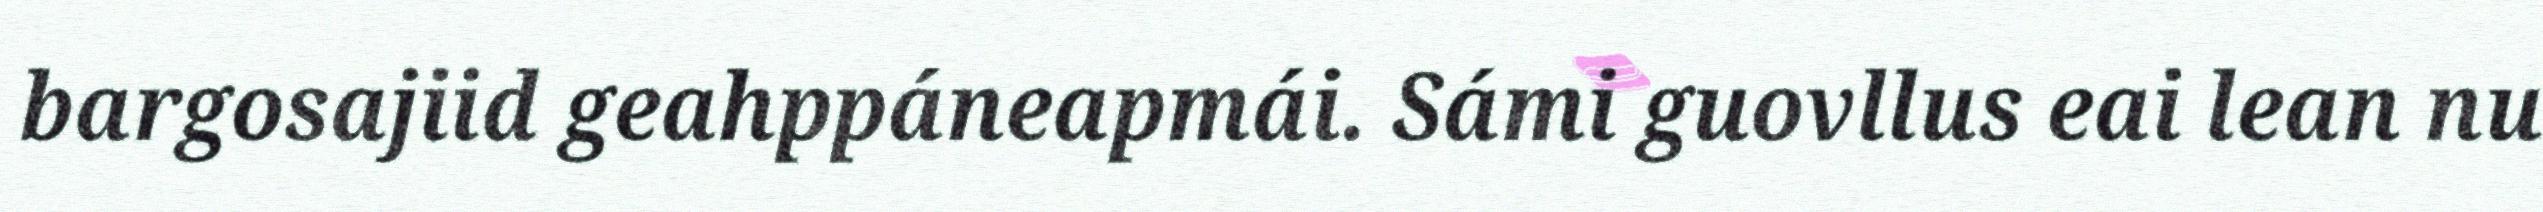
bargosajiid geahppáneapmái. Sámi guovllus eai lean nu